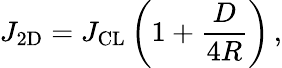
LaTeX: J_{\mathrm{2D}}=J_{\mathrm{CL}}\left(1+\frac{D}{4R}\right)\, ,